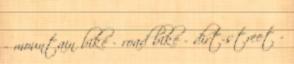
- mountain bike - road bike - dirt-street -